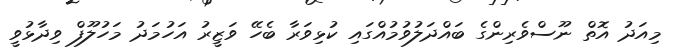
މިއަދު އޮތް ނޫސްވެރިންގެ ބައްދަލުވުމުއްގައި ކުޅިވަރާ ބެހޭ ވަޒީރު އަހުމަދު މަހުލޫފް ވިދާޅުވީ